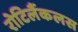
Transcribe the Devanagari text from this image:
रोटिलैंकलस